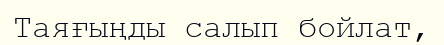
Таяғыңды салып бойлат,